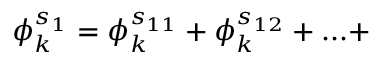
\phi _ { k } ^ { s _ { 1 } } = \phi _ { k } ^ { s _ { 1 1 } } + \phi _ { k } ^ { s _ { 1 2 } } + . . . +